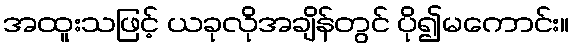
အထူးသဖြင့် ယခုလိုအချိန်တွင် ပို၍မကောင်း။